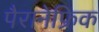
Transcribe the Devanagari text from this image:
पैरानेफ्रिक